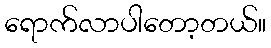
ရောက်လာပါတော့တယ်။